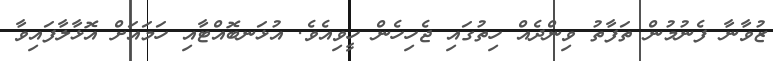
ޒުވާނާ ފެނުމުން ތަފާތު ވިންދެއް ހިތުގައި ޖެހިހެން ހީވިއެވެ. އުޅަނބޮއްޓާއި ހަމައަށް އޮޅާލާފައިވާ